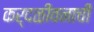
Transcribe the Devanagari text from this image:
कर्दळीवनाची